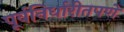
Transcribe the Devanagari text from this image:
पूर्वनिर्धारीतपणे